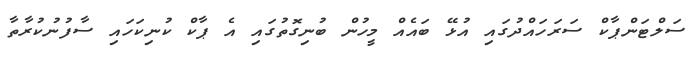
ސަލްޓަންޕާކް ސަރަހައްދުގައި އުޅޭ ބައެއް މީހުން ބުނިގޮތުގައި އެ ޕާކް ކުނިކަހައި ސާފުނުކުރާތާ